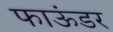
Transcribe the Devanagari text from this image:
फाऊंडर